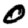
Digit: 0